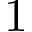
1